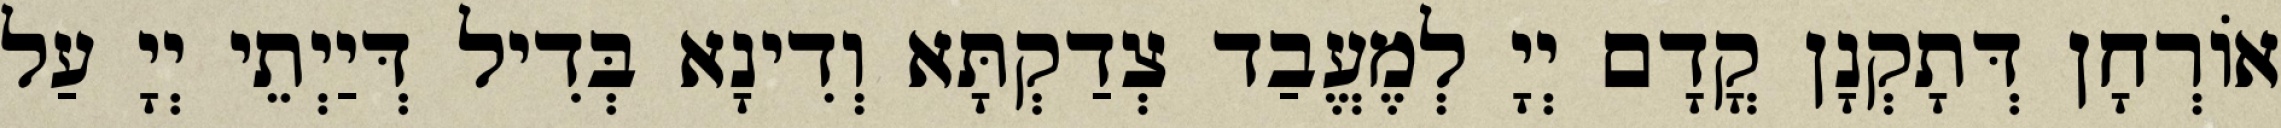
אוֹרְחָן דְּתָקְנָן קֳדָם יְיָ לְמֶעֱבַד צְדַקְתָּא וְדִינָא בְּדִיל דְּיַיְתֵי יְיָ עַל